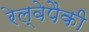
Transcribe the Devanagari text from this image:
रेल्वेपैकी